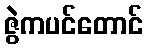
ဇွဲကပင်တောင်